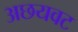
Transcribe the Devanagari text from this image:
अछयवट